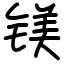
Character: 镁